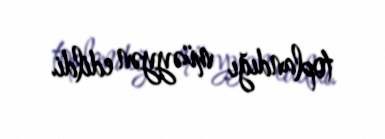
toplandığı müəyyən edildi.